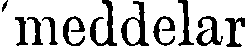
'meddelar